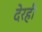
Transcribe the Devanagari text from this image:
देरही